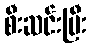
စီးဆင်းပြီး